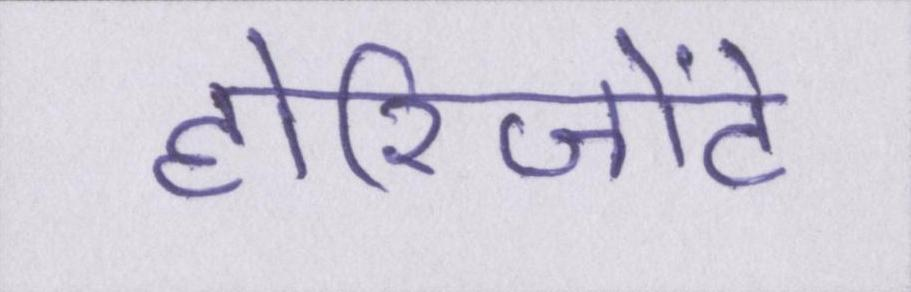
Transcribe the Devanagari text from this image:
होरिजोंटे